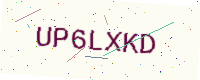
Text: UP6LXKD